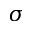
\sigma